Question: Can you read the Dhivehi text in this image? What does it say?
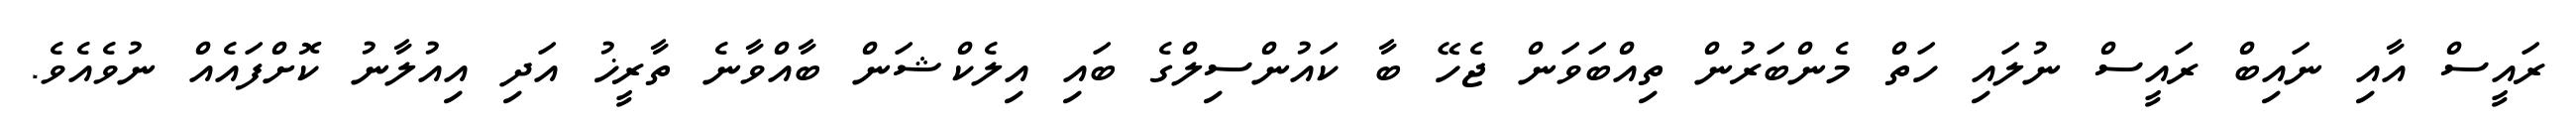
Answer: ރައީސް އާއި ނައިބް ރައީސް ނުލައި ހަތް މެންބަރުން ތިއްބަވަން ޖެހޭ ބާ ކައުންސިލްގެ ބައި އިލެކްޝަން ބާއްވާނެ ތާރީޚު އަދި އިއުލާނު ކޮށްފައެއް ނުވެއެވެ.